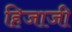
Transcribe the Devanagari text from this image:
हिजाजी